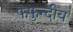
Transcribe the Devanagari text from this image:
फफुन्दीय